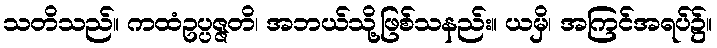
သတိသည်။ ကထံဥပ္ပဇ္ဇတိ၊ အဘယ်သို့ဖြစ်သနည်း။ ယမှိ၊ အကြင်အရပ်၌။